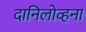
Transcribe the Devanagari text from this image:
दानिलोव्हना